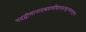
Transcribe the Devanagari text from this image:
नदद्वीणानादश्रवणविलसत्कुण्डलगुणा।